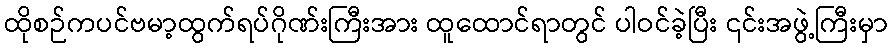
ထိုစဉ်ကပင်ဗမာ့ထွက်ရပ်ဂိုဏ်းကြီးအား ထူထောင်ရာတွင် ပါဝင်ခဲ့ပြီး ၎င်းအဖွဲ့ကြီးမှာ